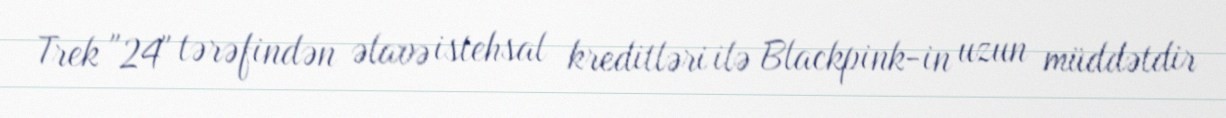
Trek "24" tərəfindən əlavə istehsal kreditləri ilə Blackpink-in uzun müddətdir